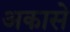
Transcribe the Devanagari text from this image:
अकासे